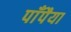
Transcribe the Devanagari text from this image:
पाँपैया